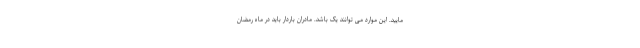
مایید. این موارد می توانند یک باشد. مادران باردار باید در ماه رمضان